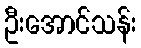
ဦးအောင်သန်း